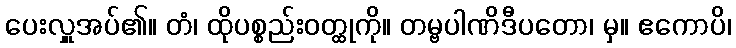
ပေးလှူအပ်၏။ တံ၊ ထိုပစ္စည်းဝတ္ထုကို။ တမ္ဗပါဏိဒီပတော၊ မှ။ ဧကောပိ၊